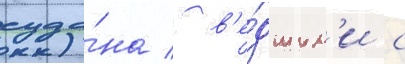
суда́на / в'е́дшим'и с